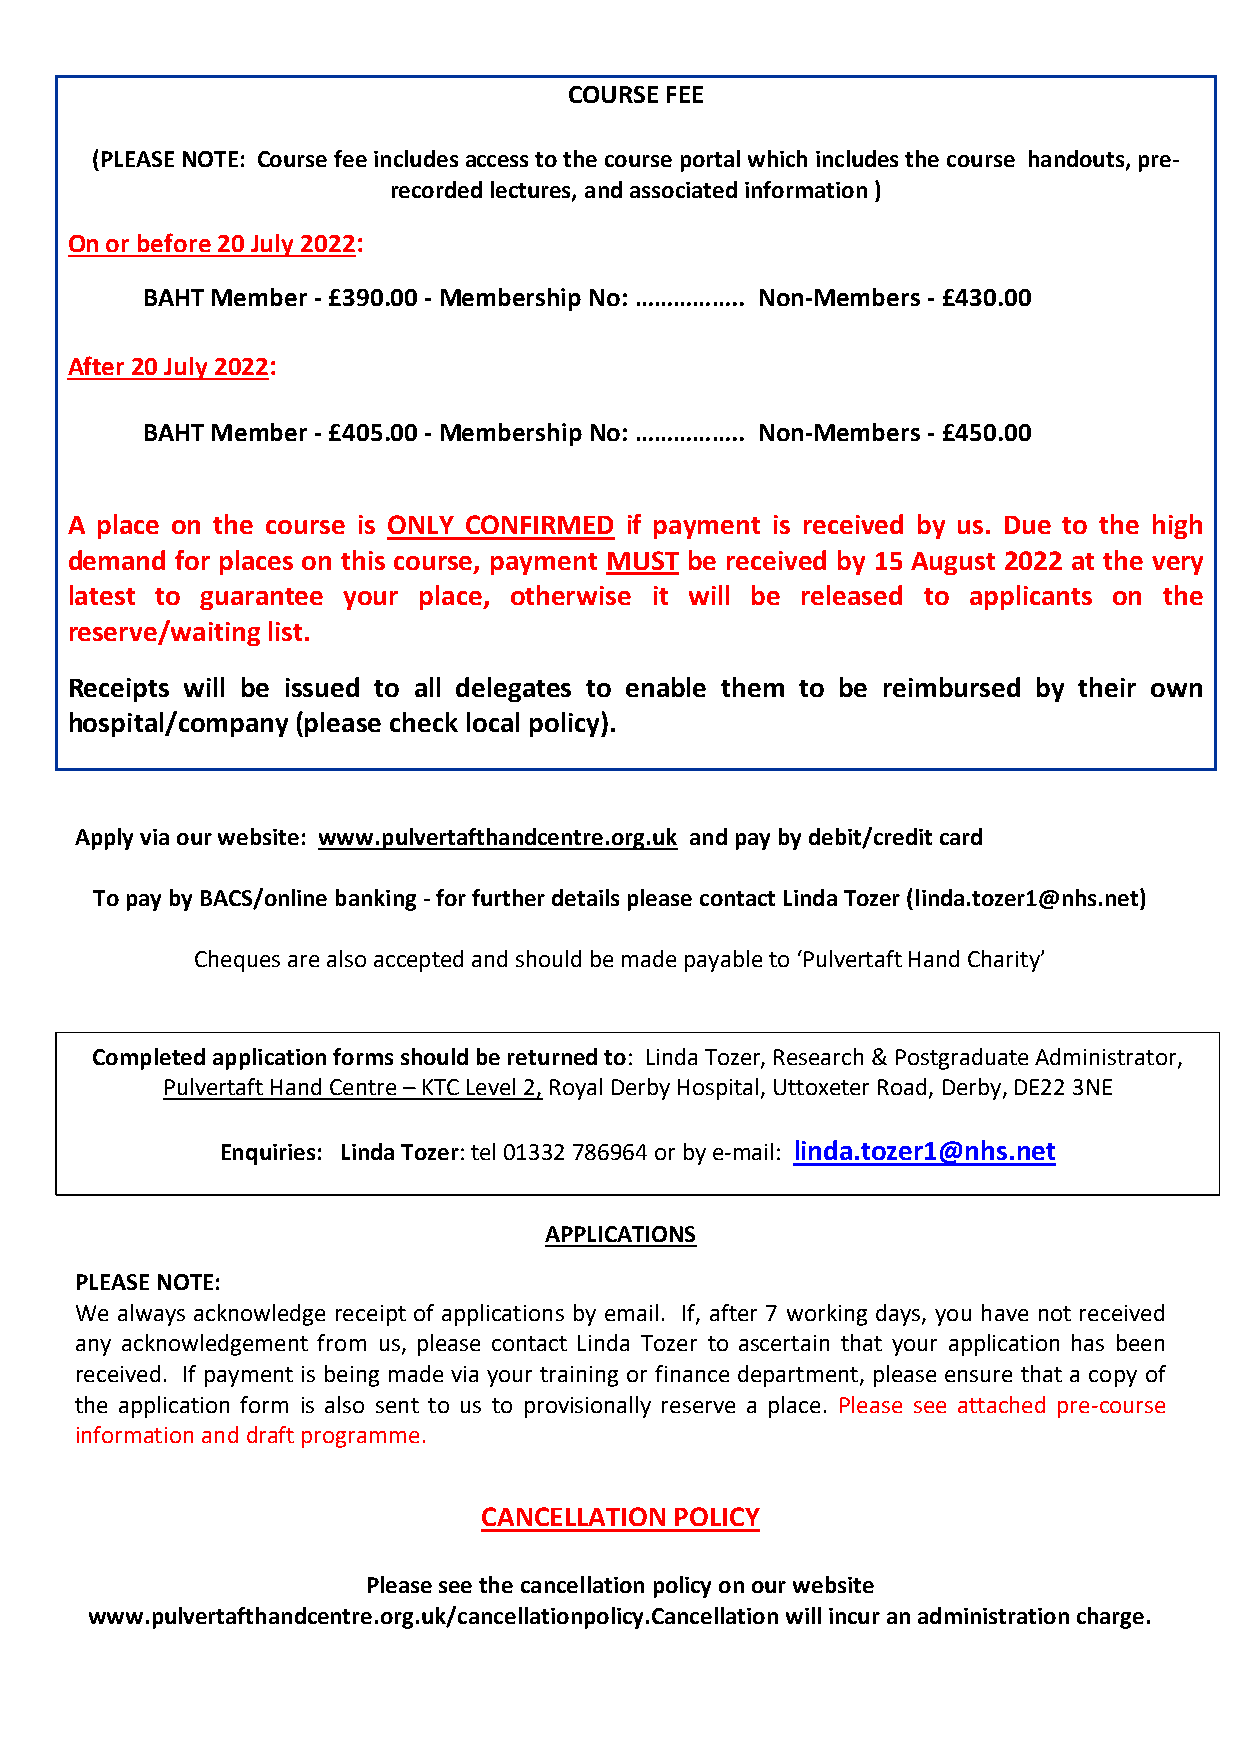
COURSE FEE
 (PLEASE NOTE: Course fee includes access to the course portal which includes the course handouts, pre-
 recorded lectures, and associated information )
 On or before 20 July 2022:
 BAHT Member - £390.00 - Membership No: …………….. Non-Members - £430.00
 After 20 July 2022:
 BAHT Member - £405.00 - Membership No: …………….. Non-Members - £450.00
 A place on the course is ONLY CONFIRMED if payment is received by us. Due to the high
 demand  for places on this course, payment MUST be received by 15 August 2022 at the very
 latest to guarantee your place, otherwise it will be released to applicants on the
 reserve/waiting list.
 Receipts will be issued to all delegates to enable them to be reimbursed by their own
 hospital/company (please check local policy).
 Apply via our website: www.pulvertafthandcentre.org.uk and pay by debit/credit card
 To pay by BACS/online banking - for further details please contact Linda Tozer (linda.tozer1@nhs.net)
 Cheques are also accepted and should be made payable to ‘Pulvertaft Hand Charity’
 Completed application forms should be returned to: Linda Tozer, Research & Postgraduate Administrator,
 Pulvertaft Hand Centre – KTC Level 2, Royal Derby Hospital, Uttoxeter Road, Derby, DE22 3NE
 Enquiries: Linda Tozer: tel 01332 786964 or by e-mail: linda.tozer1@nhs.net
 APPLICATIONS
 PLEASE NOTE:
 We always acknowledge receipt of applications by email. If, after 7 working days, you have not received
 any acknowledgement from us, please contact Linda Tozer to ascertain that your application has been
 received. If payment is being made via your training or finance department, please ensure that a copy of
 the application form is also sent to us to provisionally reserve a place. Please see attached pre-course
 information and draft programme.
 CANCELLATION POLICY
 Please see the cancellation policy on our website
 www.pulvertafthandcentre.org.uk/cancellationpolicy.Cancellation will incur an administration charge.